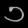
Digit: ၁